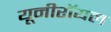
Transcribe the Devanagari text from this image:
यूनीरॉयल